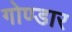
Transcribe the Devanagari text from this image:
गोण्डार